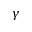
\gamma